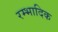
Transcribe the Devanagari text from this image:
रम्‍भादिक